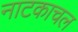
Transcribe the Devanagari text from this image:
नाटकाचल